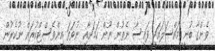
ވެންގާ ބުނީ މައްސަލައަކީ ފައިސާ ނެތުން ނޫން ކަމަށާއި ނުވަތަ އިންވެސްޓްކުރަން ނުކެރުން